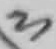
Text: 3